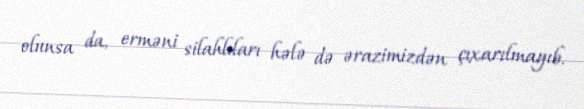
olunsa da, erməni silahlıları hələ də ərazimizdən çıxarılmayıb.